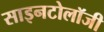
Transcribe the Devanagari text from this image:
साइनटोलॉजी